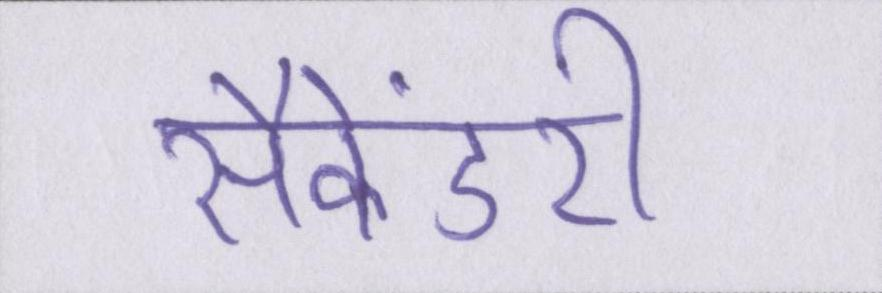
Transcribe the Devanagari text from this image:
सैकेंडरी